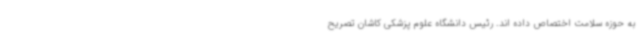
به حوزه سلامت اختصاص داده اند. رئیس دانشگاه علوم پزشکی کاشان تصریح